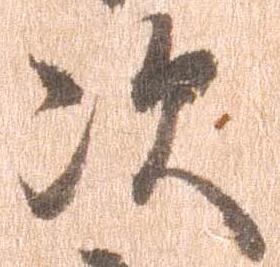
次